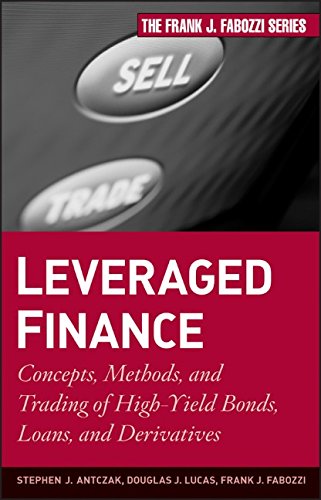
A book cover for Leveraged Finance: Concepts, Methods, and Trading of High-Yield Bonds, Loans, and Derivatives; Stephen J. Antczak; Business & Money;